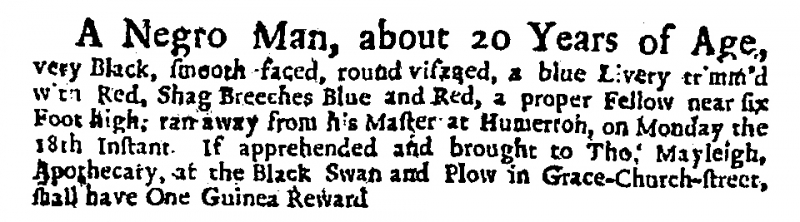
Daily Courant, 19 September 1721 (England)
A Negro Man, about 20 Years of Age, very Black, smooth faced, round visaged, a blue Livery trimm’d with Red, Shag Breeches Blue and Red, a proper Fellow near six Foot high: ran away from his Master at Humerton, on Monday the 18th Instant. If apprehended and brought to Tho. Mayleigh, Apothecary, at the Black Swan and Plow in Grace-Church-street, shall have One Guinea Reward